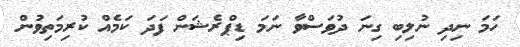
ހަމަ ނިދި ނުލިބި ގިނަ ދުވަސްވާ ނަމަ ޑިޕްރެޝަން ފަދަ ކަމެއް ކުރިމަތިވުން